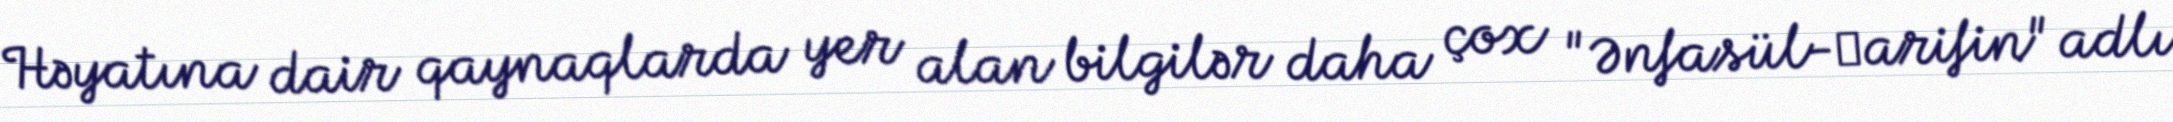
Həyatına dair qaynaqlarda yer alan bilgilər daha çox "Ənfasül-ʿarifin" adlı